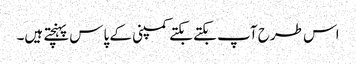
اس طرح آپ بکتے بکتے کمپنی کے پاس پہنچتے ہیں۔